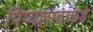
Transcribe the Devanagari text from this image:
पिप्पलादाकडे